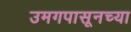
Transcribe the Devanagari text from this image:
उमगपासूनच्या